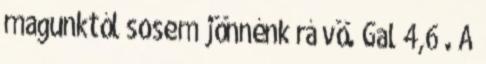
magunktól sosem jönnénk rá vö. Gal 4,6 . A